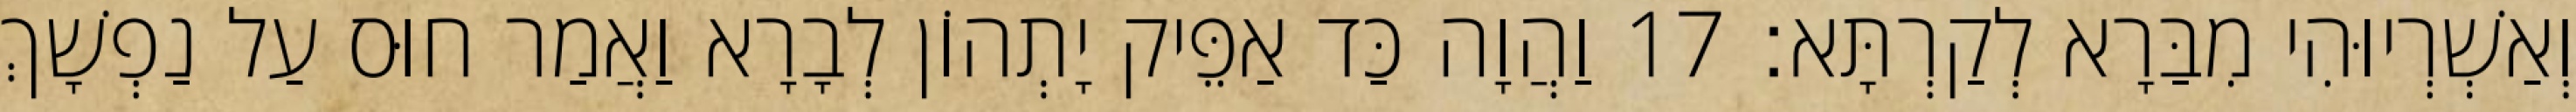
וְאַשְׁרְיוּהִי מִבַּרָא לְקַרְתָּא׃ 17 וַהֲוָה כַּד אַפֵּיק יָתְהוֹן לְבָרָא וַאֲמַר חוּס עַל נַפְשָׁךְ